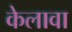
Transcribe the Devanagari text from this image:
केलावा